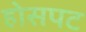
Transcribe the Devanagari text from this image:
होसपट